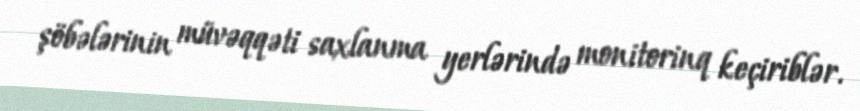
şöbələrinin müvəqqəti saxlanma yerlərində monitorinq keçiriblər.